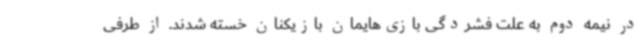
در نیمه دوم به علت فشردگی بازی‌هایمان بازیکنان خسته شدند. از طرفی